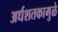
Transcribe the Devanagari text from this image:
अर्धशतकामुळे